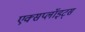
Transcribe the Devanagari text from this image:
एक्सप्लॉइट्स